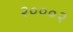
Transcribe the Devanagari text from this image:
२०००२